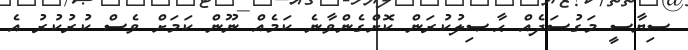
ސިޔާސީ މަގުސަދެއް ޙާޞިލުކުރަން ކޮށްގެންވާނެ ކަމެއް ނޫން ކަމަށް ވެސް ކުރުކުރު އެ